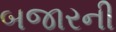
બજારની